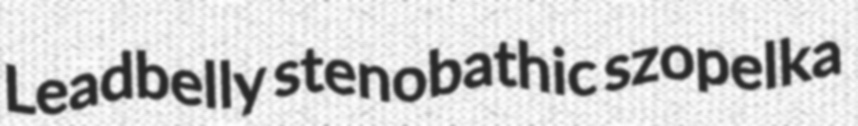
Leadbelly stenobathic szopelka